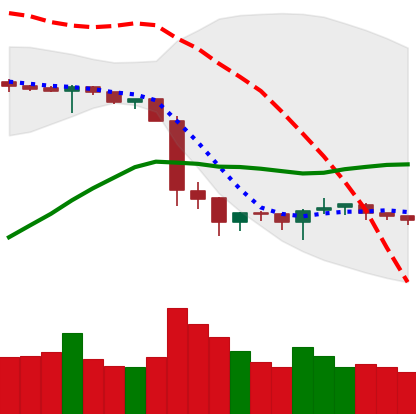
Ticker: BTC-USD
Chart end date: 2019-10-05
Forward return: 5.336%
Label: up_5_7